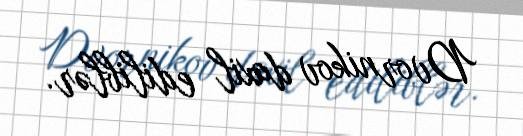
Dvornikov daxil ediliblər.